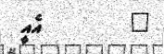
٦        އެއީ